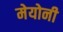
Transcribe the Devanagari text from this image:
मेयोनी